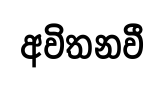
අවිතනවී